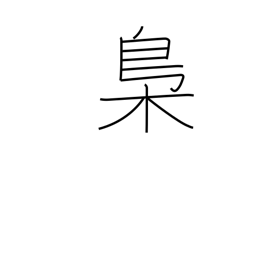
Meaning: owl